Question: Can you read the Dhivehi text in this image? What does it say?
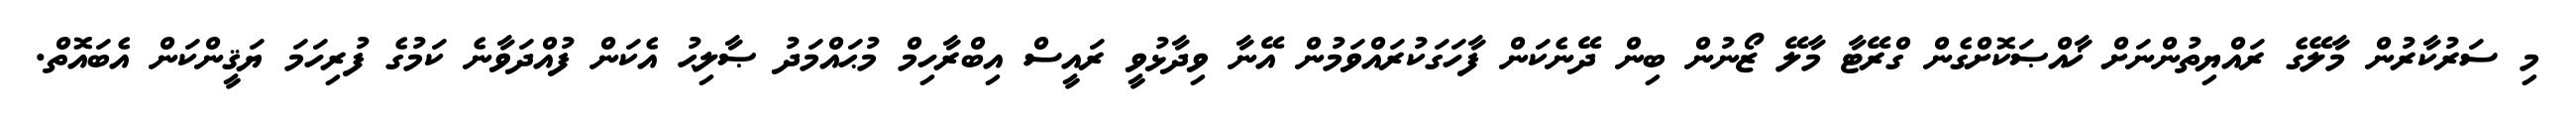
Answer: މި ސަރުކާރުން މާލޭގެ ރައްޔިތުންނަށް ޚާއްޞަކޮށްގެން ގްރޭޓާ މާލޭ ޒޯނުން ބިން ދޭނެކަން ފާހަގަކުރައްވަމުން އޭނާ ވިދާޅުވީ ރައީސް އިބްރާހިމް މުޙައްމަދު ޞާލިޙު އެކަން ފުއްދަވާނެ ކަމުގެ ފުރިހަމަ ޔަޤީންކަން އެބައޮތް.